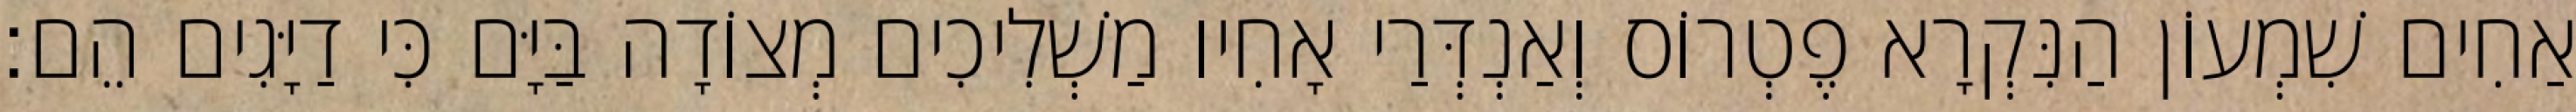
אַחִים שִׁמְעוֹן הַנִּקְרָא פֶטְרוֹס וְאַנְדְּרַי אָחִיו מַשְׁלִיכִים מְצוֹדָה בַּיָּם כִּי דַיָּגִים הֵם׃